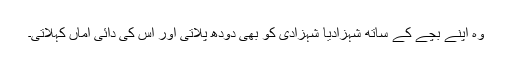
وہ اپنے بچے کے ساتھ شہزادیا شہزادی کو بھی دودھ پلاتی اور اس کی دائی اماں کہلاتی۔